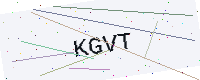
Text: KGVT